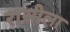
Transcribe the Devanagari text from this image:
रासीला